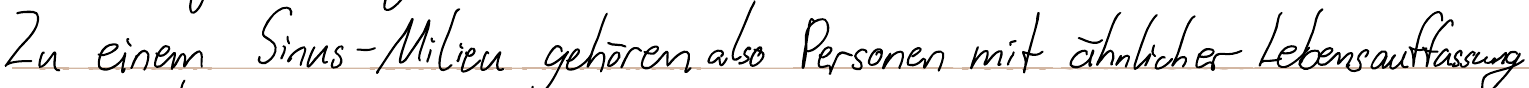
Zu einem Sinus-Milieu gehören also Personen mit ähnlicher Lebensauffassung